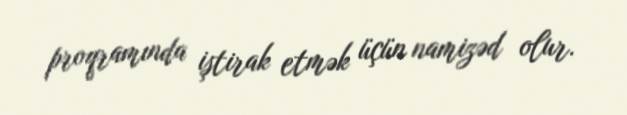
proqramında iştirak etmək üçün namizəd olur.